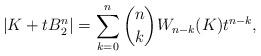
LaTeX: \begin{align*}|K+tB_2^n|=\sum_{k=0}^n\binom{n}{k}W_{n-k}(K)t^{n-k},\end{align*}